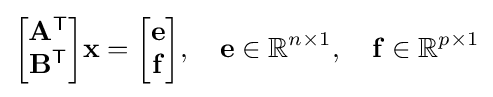
{\begin{bmatrix}\mathbf {A} ^{\textsf {T}}\\\mathbf {B} ^{\textsf {T}}\end{bmatrix}}\mathbf {x} ={\begin{bmatrix}\mathbf {e} \\\mathbf {f} \end{bmatrix}},\quad \mathbf {e} \in \mathbb {R} ^{n\times 1},\quad \mathbf {f} \in \mathbb {R} ^{p\times 1}